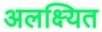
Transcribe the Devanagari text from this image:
अलक्ष्यित